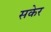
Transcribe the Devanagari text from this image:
सकेर